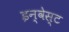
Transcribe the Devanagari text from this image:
इन्वेस्ट